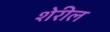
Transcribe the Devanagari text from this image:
शेरील